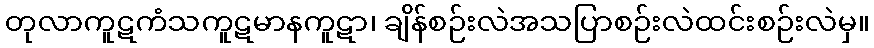
တုလာကူဋကံသကူဋမာနကူဋာ၊ ချိန်စဉ်းလဲအသပြာစဉ်းလဲထင်းစဉ်းလဲမှ။